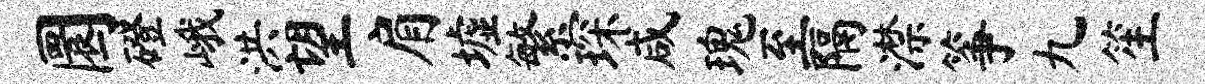
圜磴峨洪望肩墟繁琛咸瑰至隔潸筝九笙